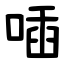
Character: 喢